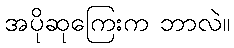
အပိုဆုကြေးက ဘာလဲ။